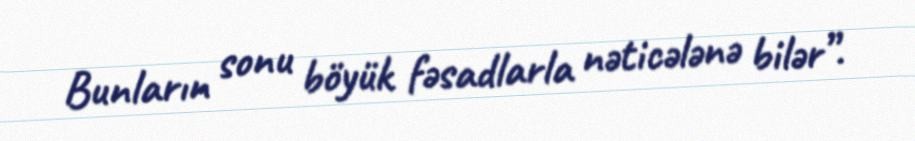
Bunların sonu böyük fəsadlarla nəticələnə bilər”.